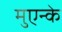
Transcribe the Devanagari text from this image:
मुएन्के